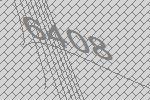
6408